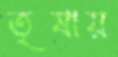
তৃষায়